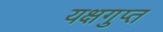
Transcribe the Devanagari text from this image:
यक्षगुप्त